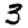
Digit: 3